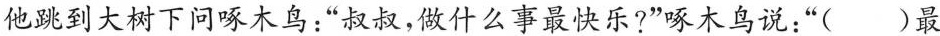
他跳到大树下问啄木鸟：“叔叔，做什么事最快乐?”啄木鸟说：“( )最